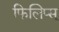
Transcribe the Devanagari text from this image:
फिलिप्स्